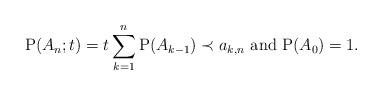
LaTeX: \begin{align*}\mathrm P(A_n;t)=t\sum_{k=1}^n\mathrm P(A_{k-1})\prec a_{k,n}\mbox{ and }\mathrm P(A_0)=1.\end{align*}